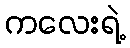
ကလေးရဲ့